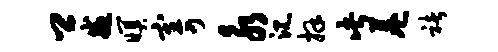
卿戒暝寄永沉拜此巷褚